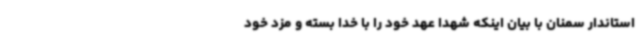
استاندار سمنان با بیان اینکه شهدا عهد خود را با خدا بسته و مزد خود